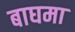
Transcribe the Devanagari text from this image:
बाघमा